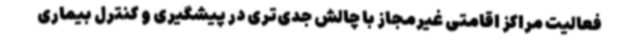
فعالیت مراکز اقامتی غیرمجاز با چالش جدی‌تری در پیشگیری و کنترل بیماری